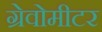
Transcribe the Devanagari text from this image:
ग्रेवोमीटर